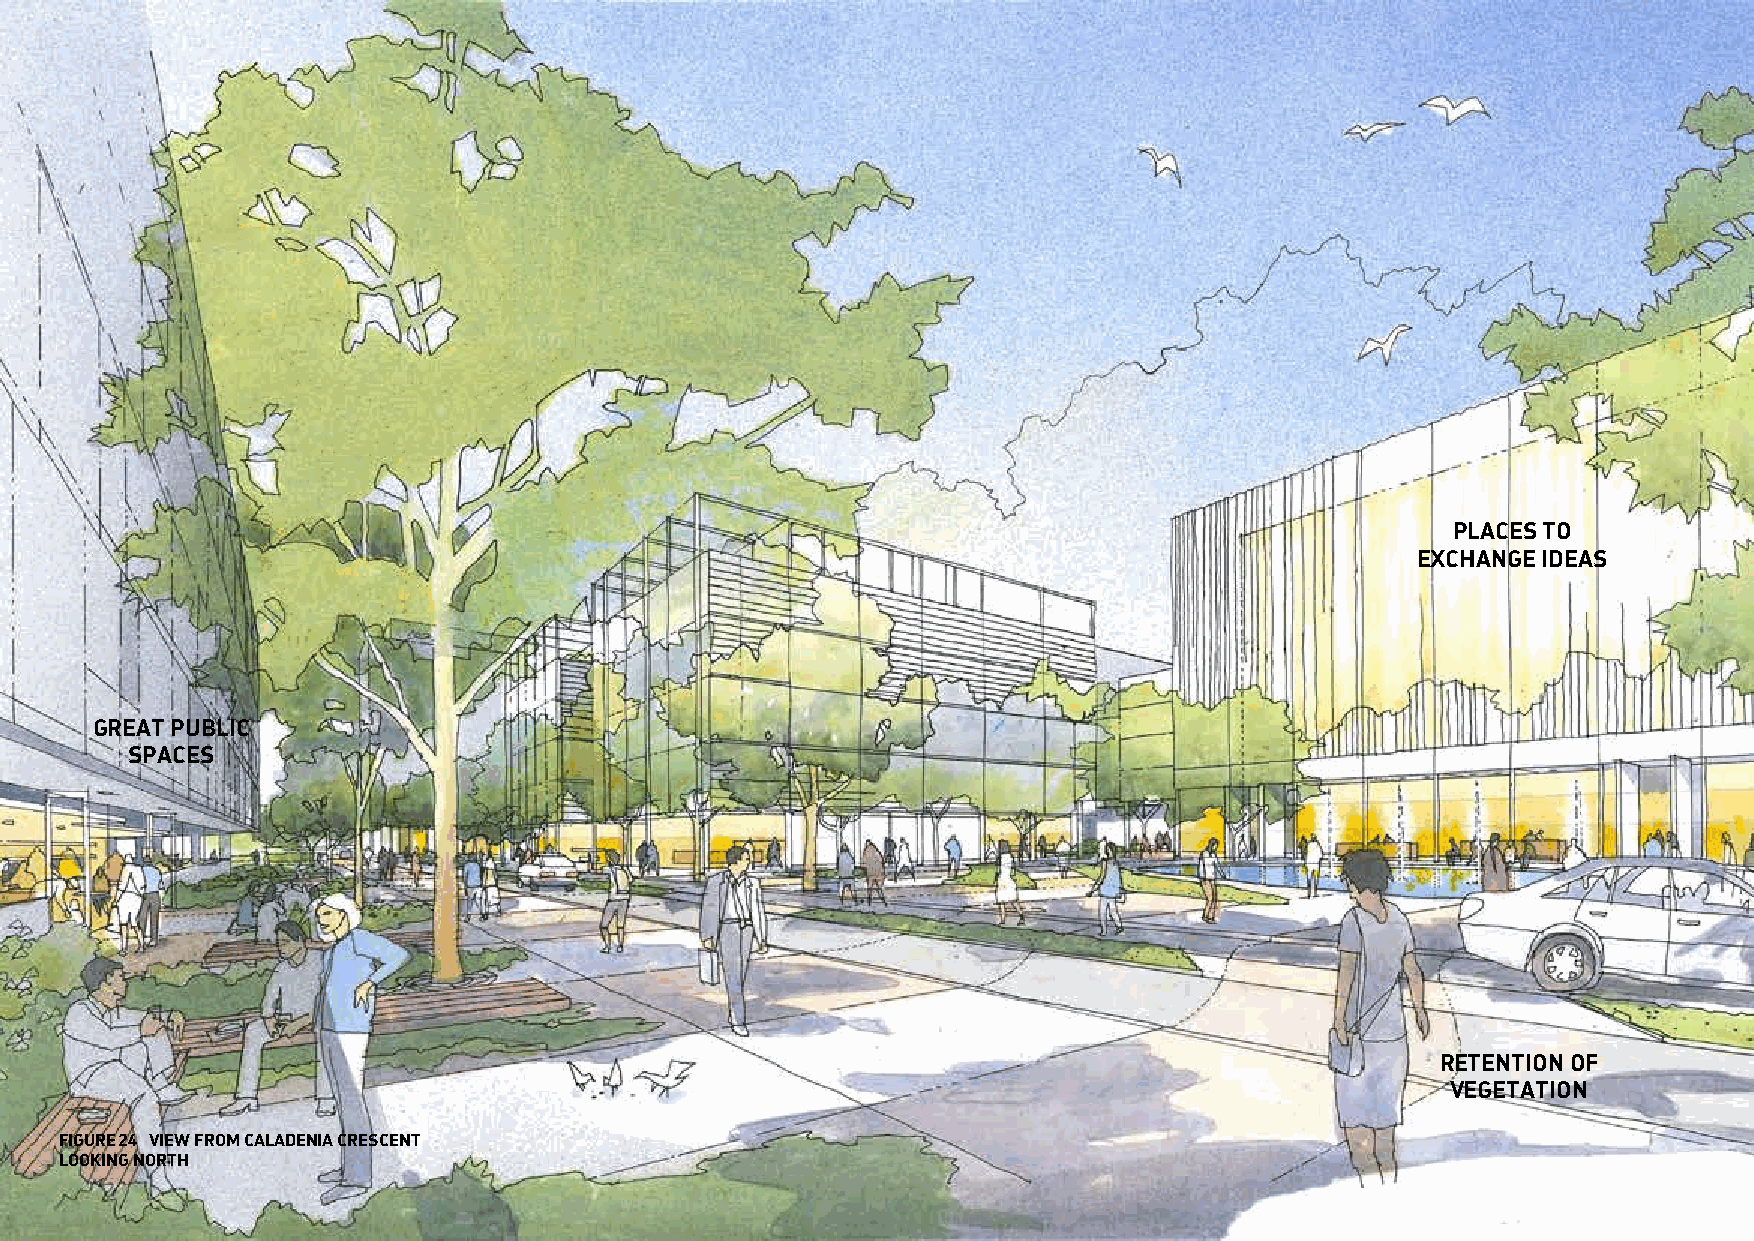
PLACES TO
 EXCHANGE IDEAS
 GREAT PUBLIC
 SPACES
 RETENTION OF
 VEGETATION
 FIGURE 24 VIEW FROM CALADENIA CRESCENT
 LOOKING NORTH
 34
 QEIIMC MASTERPLAN REPORT                                                                     THE MASTERPLAN